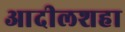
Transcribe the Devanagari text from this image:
आदीलशहा